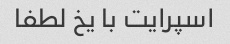
اسپرایت با یخ لطفا